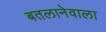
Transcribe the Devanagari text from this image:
बतलानेवाला